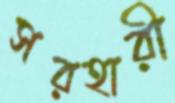
সরহারী